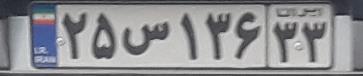
۲۵س۱۳۶۳۳